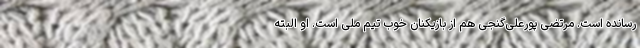
رسانده است. مرتضی پورعلی‌گنجی هم از بازیکنان خوب تیم ملی است. او البته